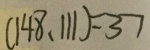
( 1 4 8 , 1 1 1 ) = 3 7